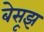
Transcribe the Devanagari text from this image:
बेसूझ